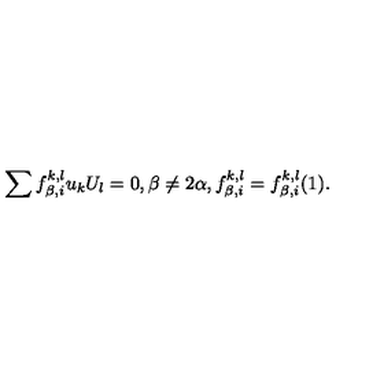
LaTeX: \sum f _ { \beta , i } ^ { k , l } u _ { k } U _ { l } = 0 , \beta \not = 2 \alpha , f _ { \beta , i } ^ { k , l } = f _ { \beta , i } ^ { k , l } ( 1 ) .